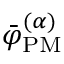
\bar { \varphi } _ { \mathrm { P M } } ^ { ( \alpha ) }